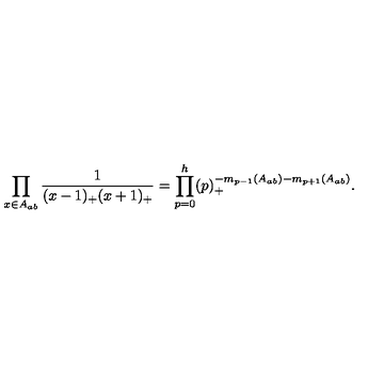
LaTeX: \prod _ { x \in A _ { a b } } \frac { 1 } { ( x - 1 ) _ { + } ( x + 1 ) _ { + } } = \prod _ { p = 0 } ^ { h } ( p ) _ { + } ^ { - m _ { p - 1 } ( A _ { a b } ) - m _ { p + 1 } ( A _ { a b } ) } .